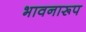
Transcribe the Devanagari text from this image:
भावनारूप